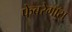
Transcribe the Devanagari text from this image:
फेबरेगॉस